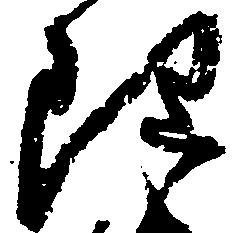
理